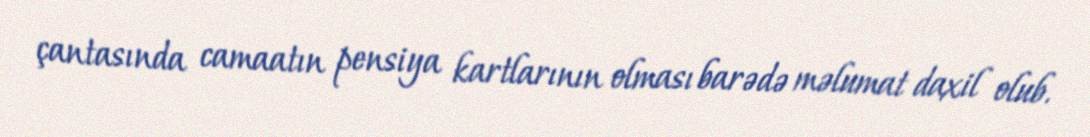
çantasında camaatın pensiya kartlarının olması barədə məlumat daxil olub.